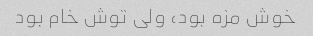
خوش مزه بود، ولى توش خام بود